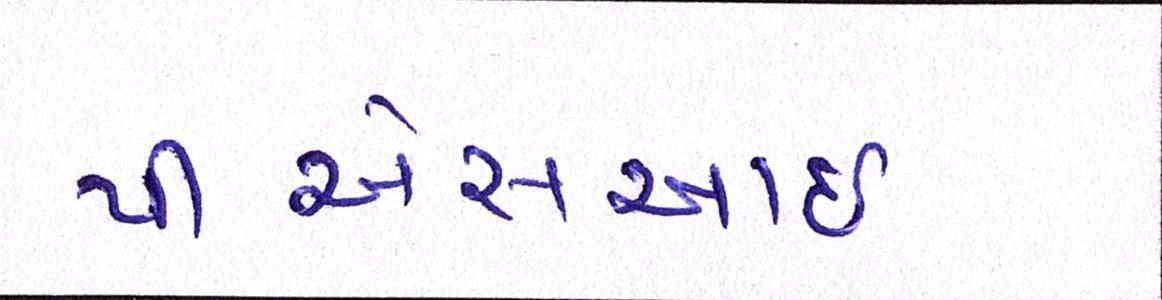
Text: પીએસઆઈ